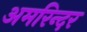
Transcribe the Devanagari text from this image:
अमरिन्दर